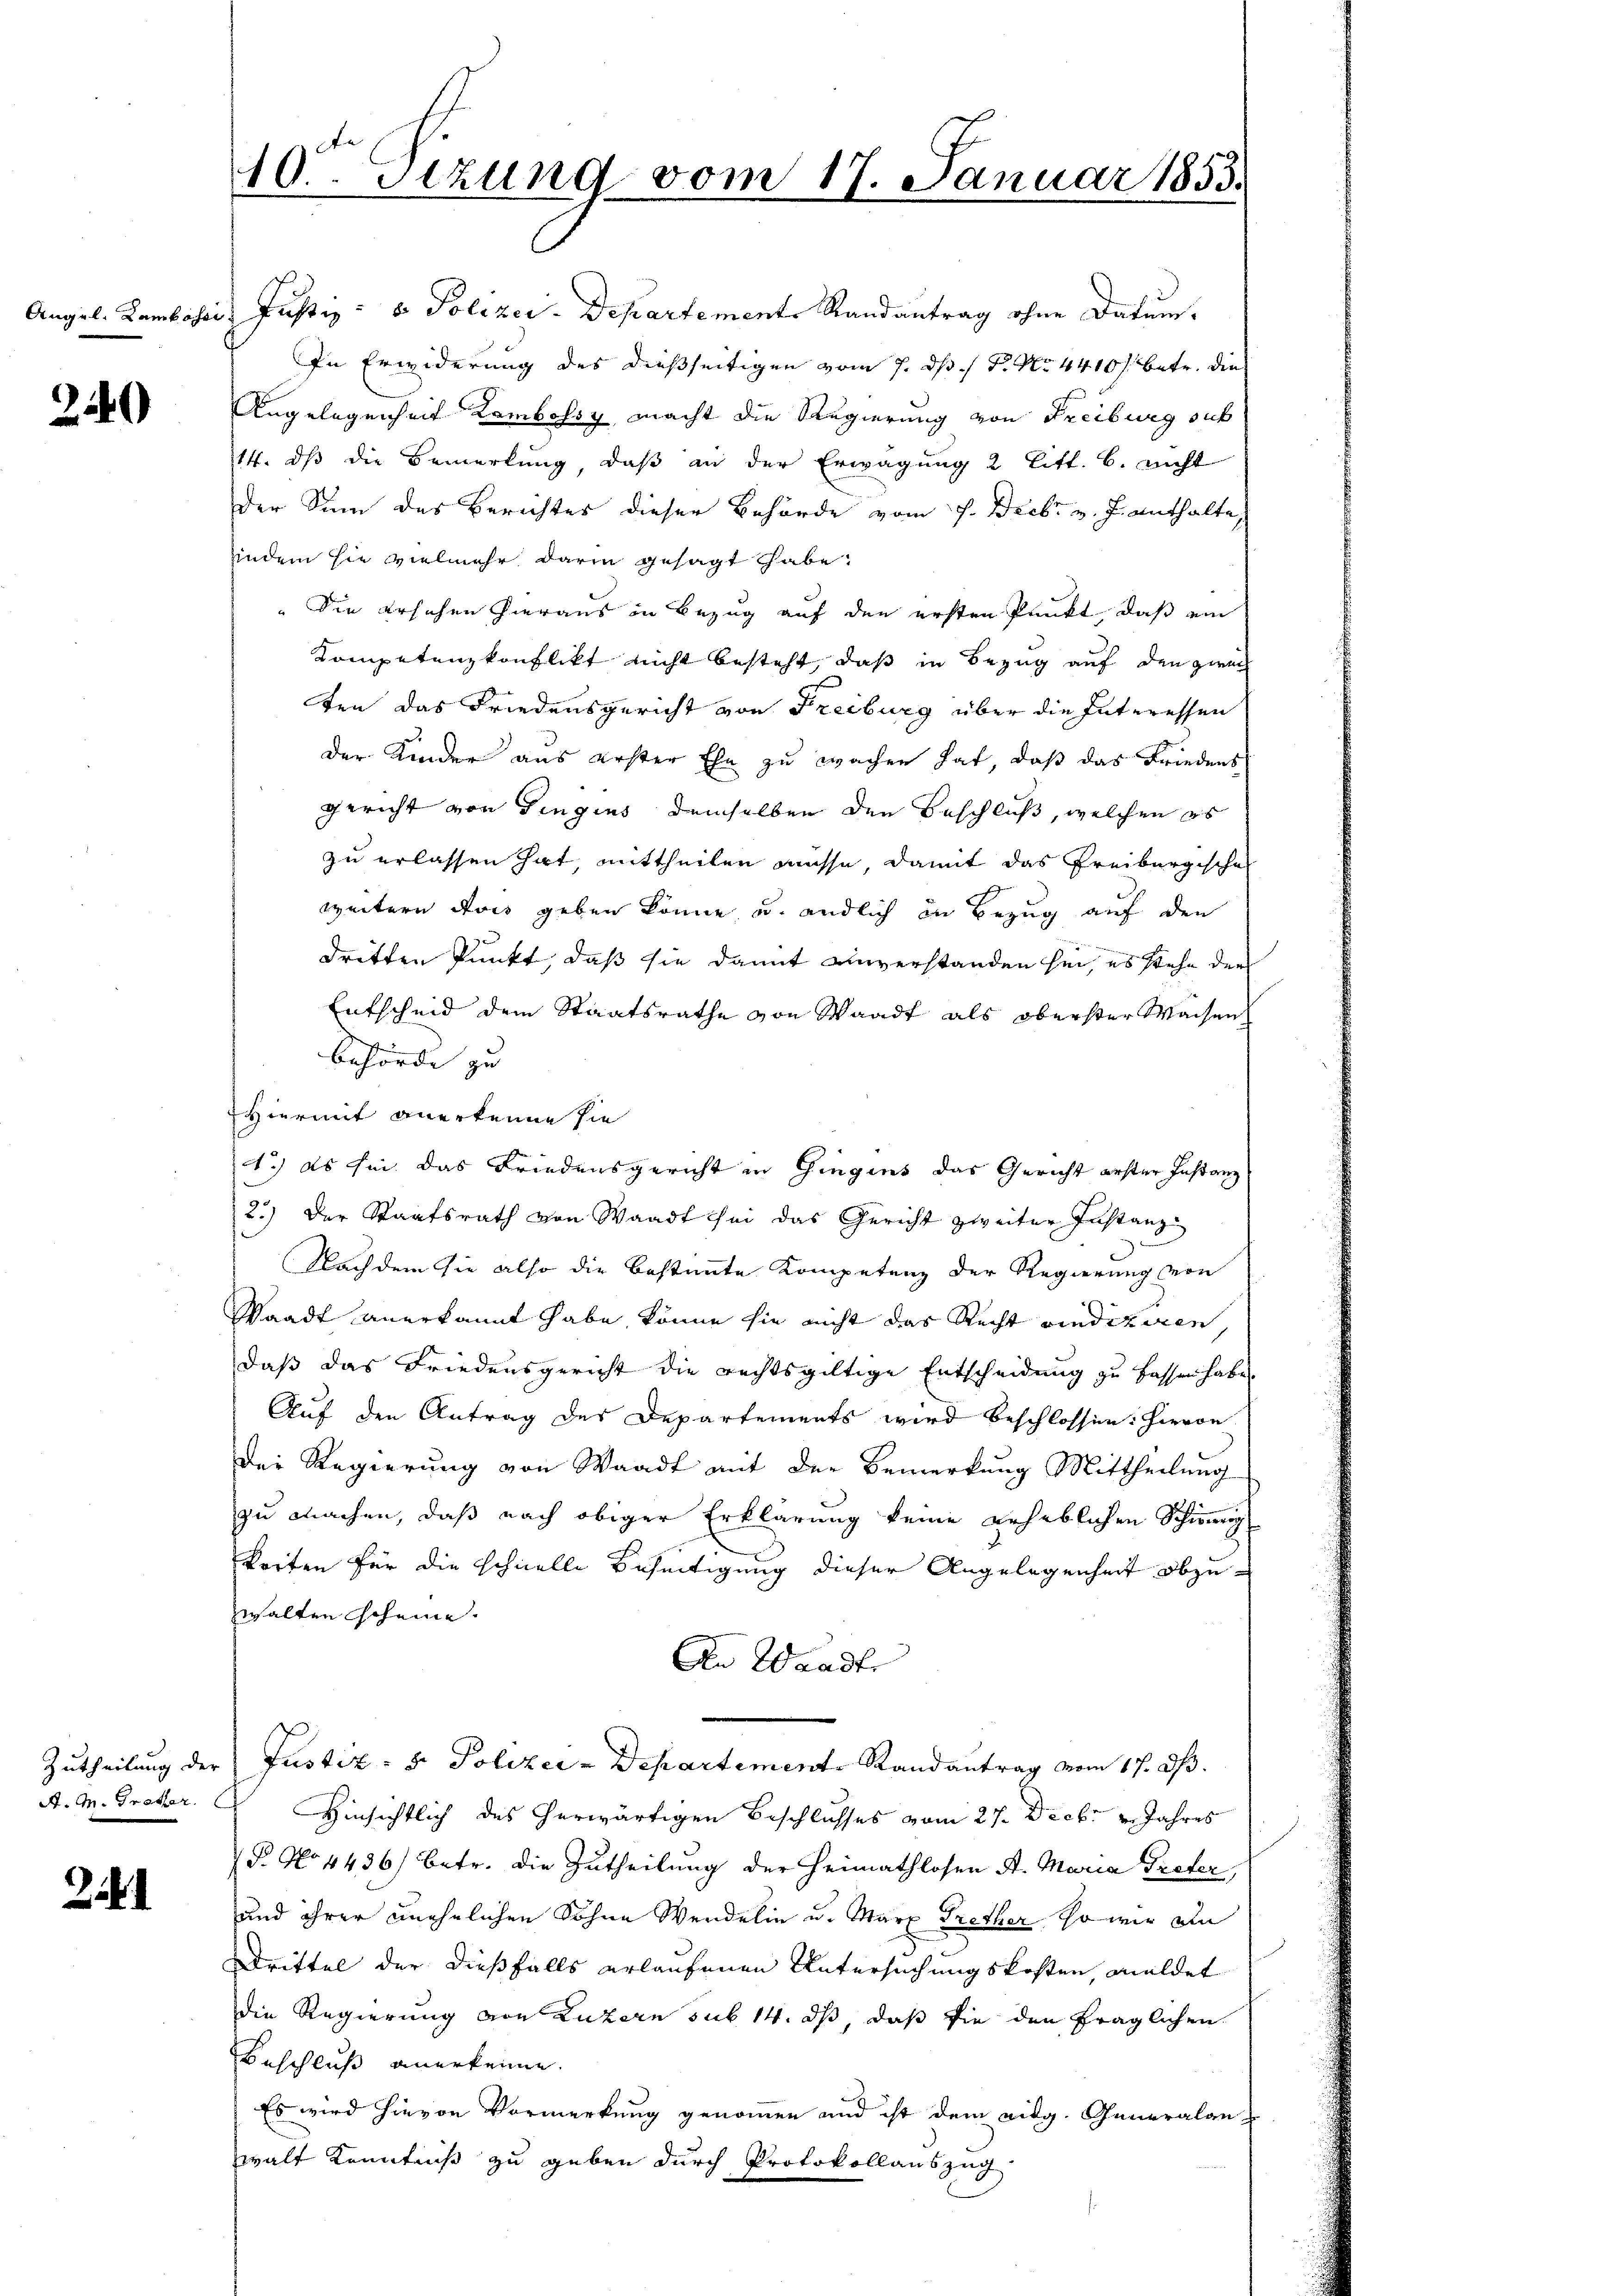
240

Zutheilung der
A. M. Trotter.

.

10. Sitzung vom 17. Januar 1853.

Angel. Lambassi, Justiz- & Polizei-Departemente Randantrag ohne Datum.
In Erwiderung des dießseitigen vom 7. ds 1 Fr. No. 4410 f. betr. die
Angelegenheit Kambossy macht die Regierung von Freiburg sub
14. dß die Bemerkung, daß an der Erwägung 2 Litt. b. nicht
Der Sinn des Berichter dieser Behörde vom 7. Decbr v. J. enthalte
indem sie vielmehr darin gesagt habe.
" Sie ersehen hieraus in Bezug auf den ersten Punkt, daß ein
Kompetenzkonflikt nicht besteht, daß in Bezug auf den zwei
ten das Friedensgericht von Freiburg über die Interessen
der Kinder aus erster Ehe zu wachen hat, daß das Friedens
Gericht von Gingins demselben den Beschluß, welchen es
zu erlassen hat, mittheilen müsse, damit das Freiburgische
weitern dass geben könne, u. endlich in Bezug auf den
dritten Punkt, daß sie damit unverstanden sei, es stehe der
Entscheid dem Staatsrathe von Waadt als oberster Waisen
Behörde zu |
Hiermit anerkenne sie
1.) Es sei das Friedensgericht in Gingins das Gericht erster Instanz
2.) Der Staatsrath von Waadt sei das Gericht zweiter Instanz
Nach dem sie also die bestimmte Kompetenz der Regierung von
Waadt anerkannt habe, könne sie nicht das Recht vindiziren
daß das Friedensgericht die rechtsgültige Entscheidung zu fassen habe.
Auf den Antrag des Departements wird beschlossen: hievon
Der Regierung von Waadt mit der Bemerkung Mittheilung
zu machen, daß nach obiger Erklärung keine geheblichen Schinig
korten für die schnelle Beseitigung dieser Angelegenheit abzuwhalten Scheine.
An Waadt
Justiz- & Polizei-Departemente Randantrag vom 17. ds.
Hinsichtlich des herwärtigen Beschlusses vom 27. Decbr v. Jahres
P. No 4436) betr. die Zutheilung der Heimathlosen A. Maria Treter,
und ihrer unehelichen Sohne Wendelin u. Marx Trether so wir ein
Drittel der dießfalls erlaufenen Untersuchungskosten, meldet
die Regierung von Luzern sub 14. ds, daß sie den fraglichen
Beschluß anerkenne.
Es wird hievon Vormerkung genommen und ist dem eidg. Generalanwalt Kenntniß zu geben durch Protokollauszug.